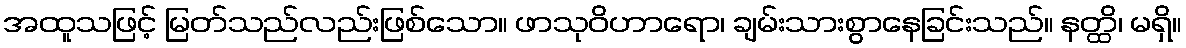
အထူသဖြင့် မြတ်သည်လည်းဖြစ်သော။ ဖာသုဝိဟာရော၊ ချမ်းသားစွာနေခြင်းသည်။ နတ္ထိ၊ မရှိ။